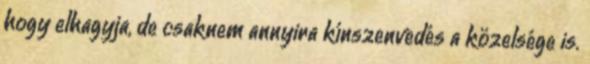
hogy elhagyja, de csaknem annyira kínszenvedés a közelsége is.